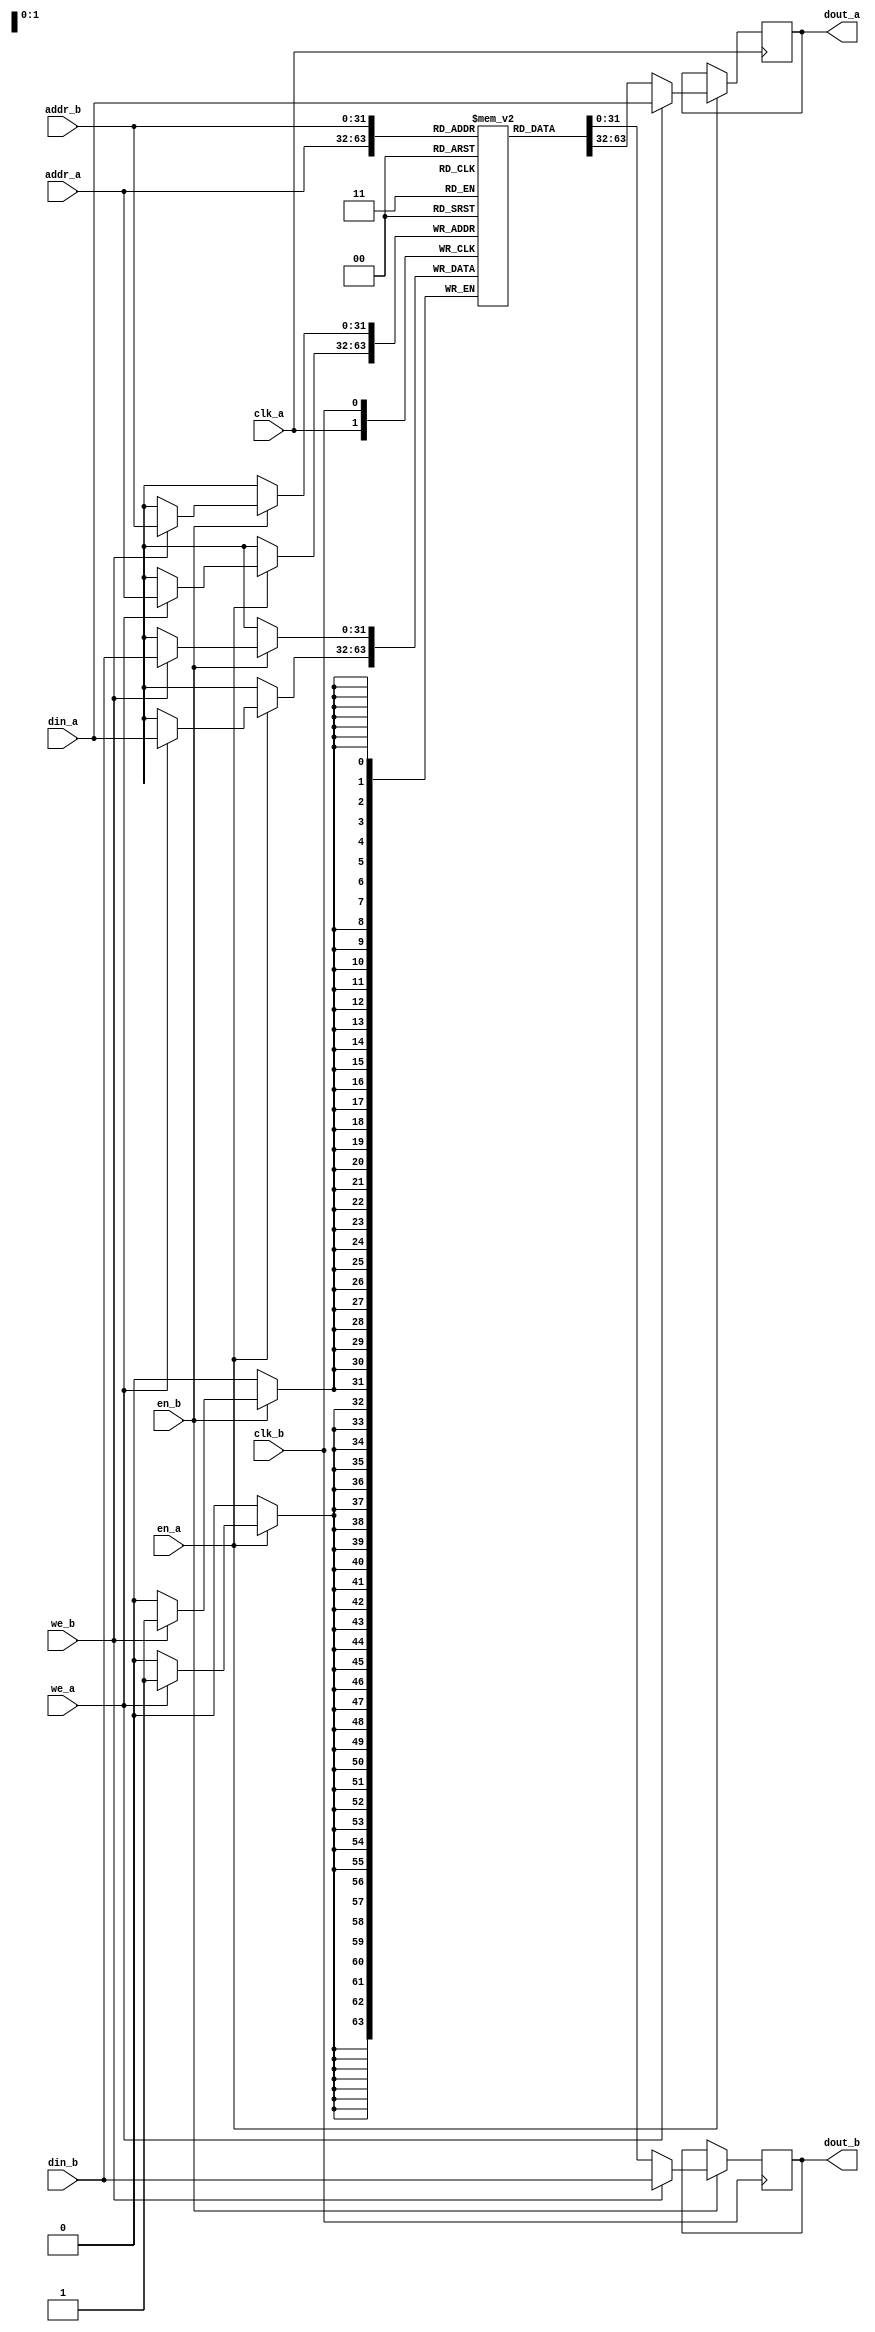
module or1k_dpram_en_w1st
#(
  parameter ADDR_WIDTH    = 32,
  parameter DATA_WIDTH    = 32,
  parameter CLEAR_ON_INIT =  0
)
(
  // port "a"
  input                       clk_a,
  input                       en_a,    // enable port "a"
  input                       we_a,    // operation is "write"
  input      [ADDR_WIDTH-1:0] addr_a,
  input      [DATA_WIDTH-1:0] din_a,
  output reg [DATA_WIDTH-1:0] dout_a,
  // port "b"
  input                       clk_b,
  input                       en_b,    // enable port "b"
  input                       we_b,    // operation is "write"
  input      [ADDR_WIDTH-1:0] addr_b,
  input      [DATA_WIDTH-1:0] din_b,
  output reg [DATA_WIDTH-1:0] dout_b
);

  reg [DATA_WIDTH-1:0] mem[0:((1<<ADDR_WIDTH)-1)];

  // initial values for simulation
 `ifndef SYNTHESIS
  // synthesis translate_off
  generate
  if (CLEAR_ON_INIT) begin : clear_ram
    integer idx;
    initial begin
      // clear output registers
      dout_a = {DATA_WIDTH{1'b0}};
      dout_b = {DATA_WIDTH{1'b0}};
      // clear memory array
      for (idx=0; idx < (1<<ADDR_WIDTH); idx=idx+1)
        mem[idx] = {DATA_WIDTH{1'b0}};
    end
  end
  endgenerate
  // synthesis translate_on
 `endif // !synth

  // port "a"
  always @(posedge clk_a) begin
    if(en_a) begin
      if (we_a) begin
        mem[addr_a] <= din_a;
        dout_a      <= din_a;
      end
      else begin
        dout_a <= mem[addr_a];
      end // write / read
    end // enable
  end // @clock-a

  // port "b"
  always @(posedge clk_b) begin
    if(en_b) begin
      if (we_b) begin
        mem[addr_b] <= din_b;
        dout_b      <= din_b;
      end
      else begin
        dout_b <= mem[addr_b];
      end // write / read
    end // enable
  end // @clock-b

endmodule